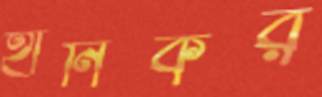
হানিকর